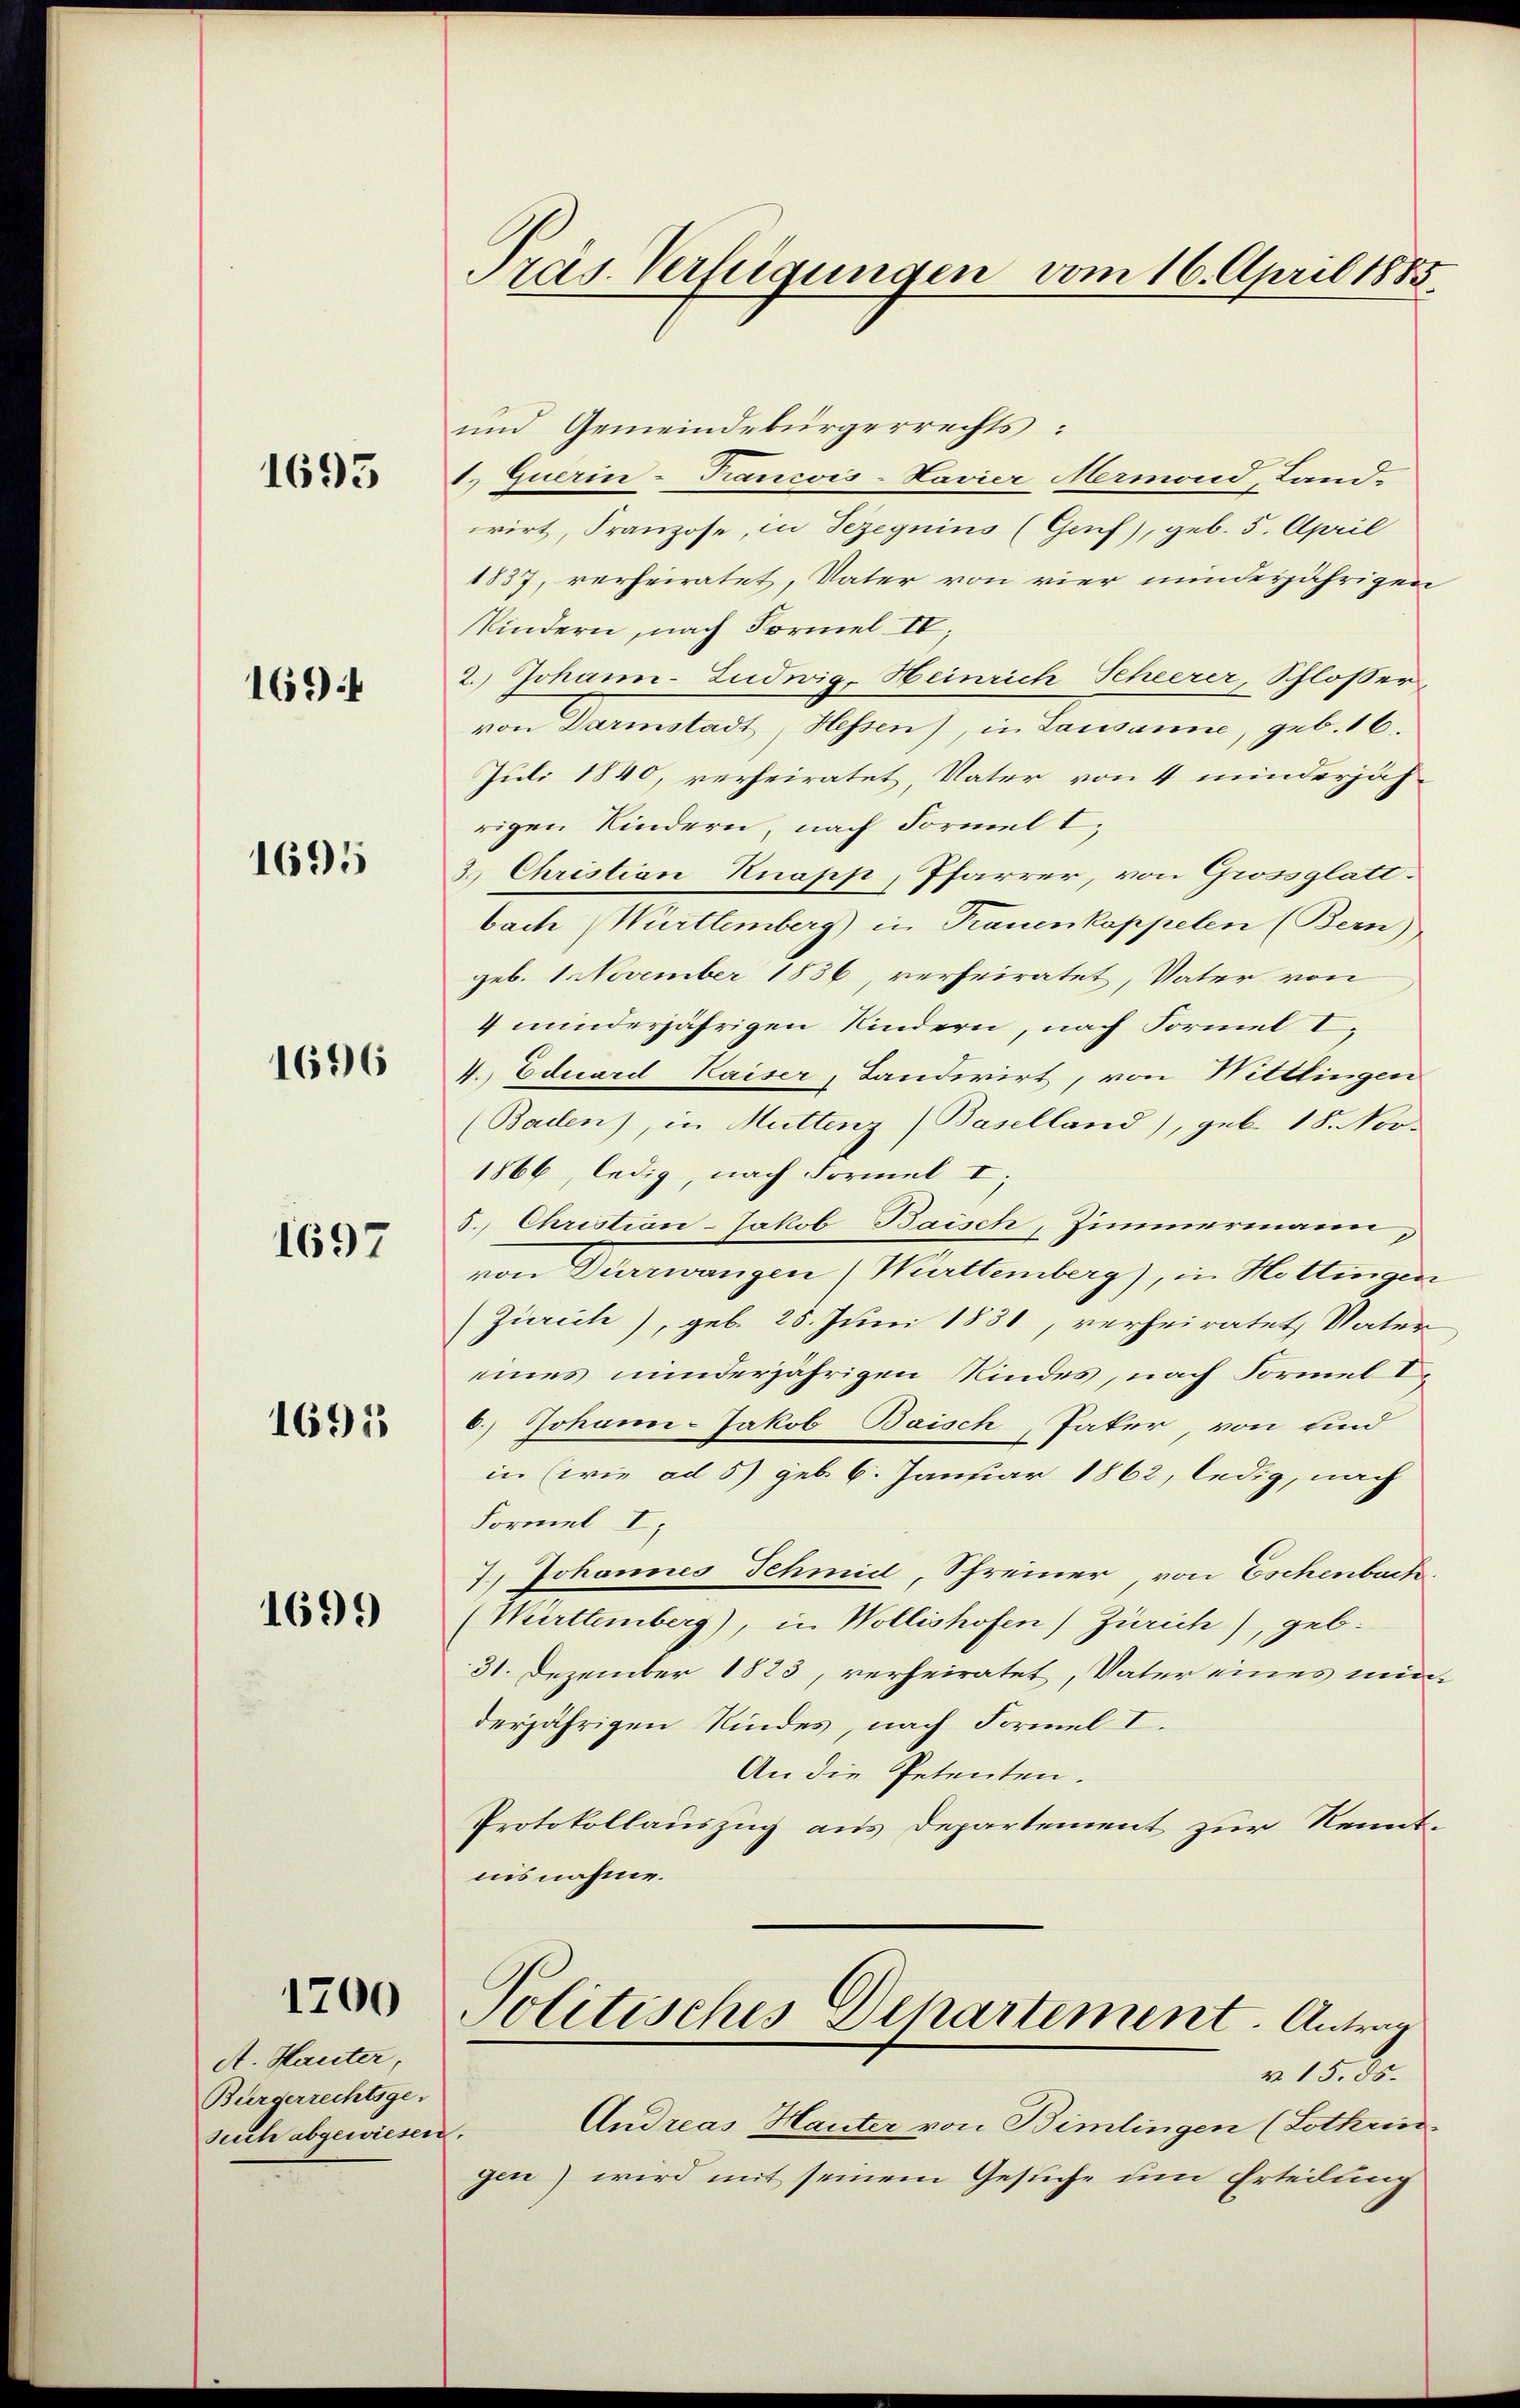
1693

1694

1695

1696

1697

1691

1699

1700

A. Hauter,
Bürgerrechtsge-
Suh abgewiesen

Pras. Verfügungen vom 16. April 1885.

und Gemeindebürgerrechts:
1.) Guerin-Trancois-Navier Mermond, Landwirt, Franzose, in Sezeguins (Genf), geb. 5. April
1837, verheiratet, Vater von vier minderjährigen
Kindern, nach Formel IV,
2.) Johann-Ludwig, Heinrich Scheerer, Schlosser,
von Darmstadt, Hessen), in Lausanne, geb. 16.
Juli 1840, verheiratet, Vater von 4 minderjährigen Kindern, nach Formel
3. Christian Knapp, Pfarrer, von Grossglatt.
bach Württemberg) in Trauenkappelen (Bern)
geb. 1 November 1836, verheiratet, Vater von
4 minderjährigen Kindern, nach Formel I
4. Eduard Kaiser, Landerirt, von Wittlingen
(Baden), in Muttenz (Baselland), geb. 18. Nov.
1866, ledig, nach Formel I;
8. Christian-Jakob Baisch, Zimmermann,
von Dürrwangen (Württemberg), in Hottingen
(Zürich), geb. 25. Juni 1831, verheiratet, Vater
eines minderjährigen Kindes, nach Formel de
6.) Johann-Jakob Baisch, Pater, von und
in (wie ad 5) geb. 6. Januar 1862, ledig, nach
Formel I
7.) Johannes Schmid, Schreiner von Eschenbach
(Württemberg), in Wollishofen) Zürich), geb.
31. Dezember 1823, verheiratet, Vater eines nunderjährigen Kindes, nach Formel I.
An die Petenten.
Protokollauszug aus Departement zur Kenntnisnahme.
Politisches Departement. Antrag
r. 15. 35.
Andreas Hauter von Bimlingen (Lothrin
.
gen) wird mit seinem Gesuche um Erteilung